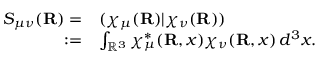
\begin{array} { r l } { S _ { \mu \nu } ( { \mathbf { R } } ) = } & { ( \chi _ { \mu } ( { \mathbf { R } } ) | \chi _ { \nu } ( { \mathbf { R } } ) ) } \\ { : = } & { \int _ { \mathbb { R } ^ { 3 } } \chi _ { \mu } ^ { * } ( { \mathbf { R } } , \boldsymbol { x } ) \chi _ { \nu } ( { \mathbf { R } } , \boldsymbol { x } ) \, d ^ { 3 } \boldsymbol { x } . } \end{array}